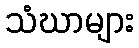
သံဃာများ